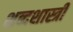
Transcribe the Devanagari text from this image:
शब्दशास्त्री